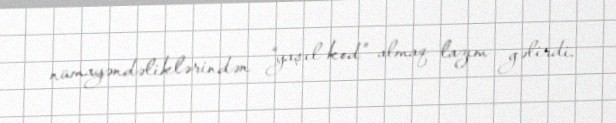
nümayəndəliklərindən “yaşıl kod” almaq lazım gəlirdi.